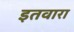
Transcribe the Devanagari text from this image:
इतवारा